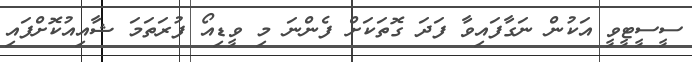
ސީސީޓީވީ އަކުން ނަގާފައިވާ ފަދަ ގޮތަކަށް ފެންނަ މި ވީޑިއޯ ފުރަތަމަ ޝާއިއުކޮށްފައި